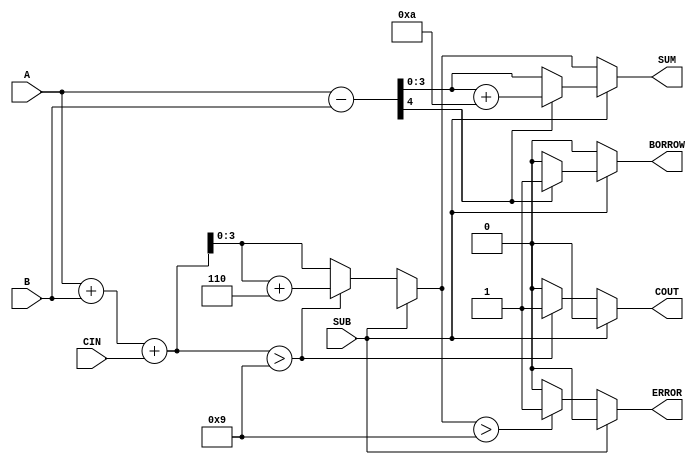
module BCD_Add_Subtracter (
    input  wire [3:0] A,       // First BCD digit
    input  wire [3:0] B,       // Second BCD digit
    input  wire SUB,           // Control signal for addition/subtraction
    input  wire CIN,           // Carry input for addition
    output reg  [3:0] SUM,     // Resulting BCD digit
    output reg  COUT,          // Carry output for addition
    output reg  BORROW,        // Borrow output for subtraction
    output reg  ERROR          // Error flag for invalid BCD output
);

    wire [4:0] binary_sum;     // 5 bits to hold the sum (A + B + CIN)
    wire [4:0] binary_diff;    // 5 bits to hold the difference (A - B)

    // Calculate binary sum and difference
    assign binary_sum = A + B + CIN;
    assign binary_diff = A - B;

    always @(*) begin
        // Initialize outputs
        SUM = 4'b0000;
        COUT = 1'b0;
        BORROW = 1'b0;
        ERROR = 1'b0;

        if (SUB == 1'b0) begin
            // Addition operation
            if (binary_sum > 4'b1001) begin
                SUM = binary_sum + 4'b0110; // BCD correction
                COUT = 1'b1;                 // Set carry out
            end else begin
                SUM = binary_sum[3:0];      // No correction needed
            end
            
            // Check for error condition
            if (SUM > 4'b1001) begin
                ERROR = 1'b1;               // Invalid BCD output
            end
        end else begin
            // Subtraction operation
            if (binary_diff[4] == 1'b1) begin
                // Result is negative, apply BCD correction
                SUM = binary_diff + 4'b1010; // Add 10 for correction
                BORROW = 1'b1;               // Set borrow flag
            end else begin
                SUM = binary_diff[3:0];      // No correction needed
            end
            
            // No error condition for subtraction, as valid BCD range is 0-9
        end
    end
endmodule